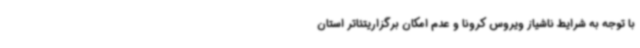
با توجه به شرایط ناشیاز ویروس کرونا و عدم امکان برگزاریتئاتر استان